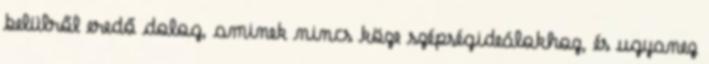
belülről eredő dolog, aminek nincs köze szépségideálokhoz, és ugyanez